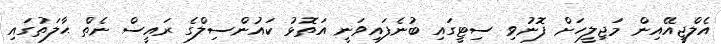
އެލްޖީއޭއިން މަޖިލީހަށް ފޮނުވި ސިޓީގައި ބުނެފައިވަނީ އަތޮޅު ކައުންސިލްގެ ރައީސް ނެތް ޙާލަތުގައި